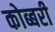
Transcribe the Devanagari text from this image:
कोब्बरी